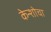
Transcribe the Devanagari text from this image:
केन्शोचा